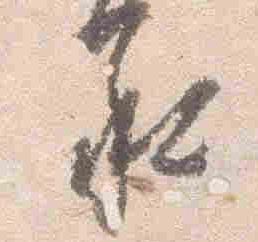
承